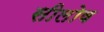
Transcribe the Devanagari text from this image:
सीलोव